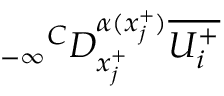
{ _ { - \infty } } ^ { C } D _ { x _ { j } ^ { + } } ^ { \alpha ( x _ { j } ^ { + } ) } \overline { { U _ { i } ^ { + } } }